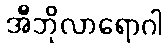
အီဘိုလာရောဂါ